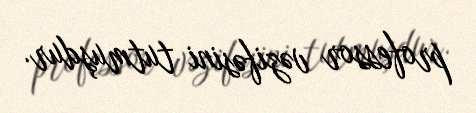
professor vəzifəsini tutmuşdur.